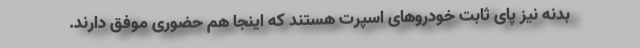
بدنه نیز پای ثابت خودروهای اسپرت هستند که اینجا هم حضوری موفق دارند.